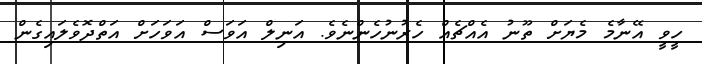
ހީވީ އޭނާމެ މެޔަށް ތޫނު އެއްޗެއް ހެރުނުހެންނެވެ. އަނިލް އަވަސް އަވަހަށް އަތްދޮވެލައިގެން